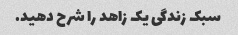
سبک زندگی یک زاهد را شرح دهید.